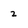
Character: 2